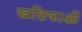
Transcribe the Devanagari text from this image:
खलिफाओं